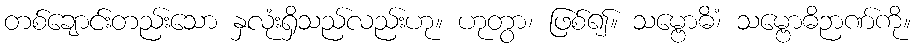
တစ်ချောင်းတည်းသော နှလုံးရှိသည်လည်းဟု။ ဟုတွာ၊ ဖြစ်၍။ သမ္ဗောဓိံ၊ သမ္ဗောဓိဉာဏ်ကို။